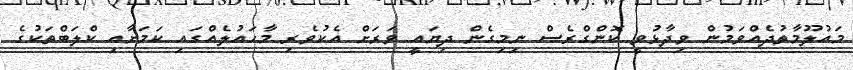
މައުލޫމާތުދެއްވަމުން ވިދާޅުވީ ކޮންގްރެސް ނިމިގެން ދިޔައީ ވަރަށް އެކުވެރި މާހައުލެއްގައި ކަމަށާއި ކްލަބްތަކުގެ